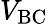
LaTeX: V_{\mathrm{BC}}